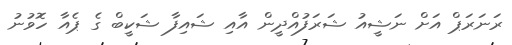
ރަނަރަޕް އަށް ނަޝީއު ޝަރަފުއްދީން އާއި ޝައިފާ ޝަކީބް ގެ ޕެއާ ހޮވުނު